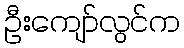
ဦးကျော်လွင်က